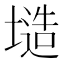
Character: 𭏤